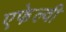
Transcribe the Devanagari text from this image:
एफेल्वी